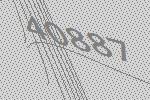
40887